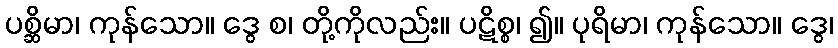
ပစ္ဆိမာ၊ ကုန်သော။ ဒွေ စ၊ တို့ကိုလည်း။ ပဋိစ္စ၊ ၍။ ပုရိမာ၊ ကုန်သော။ ဒွေ၊